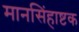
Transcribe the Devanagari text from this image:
मानसिंहाष्टक